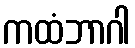
ကထံဘာဂါ